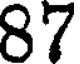
87